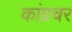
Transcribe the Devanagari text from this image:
कांग्रचर